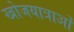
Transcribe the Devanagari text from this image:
खोजयात्राओं